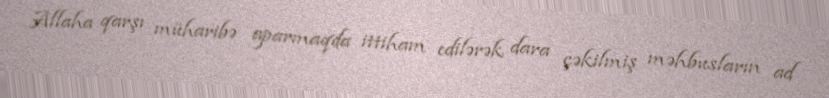
Allaha qarşı müharibə aparmaqda ittiham edilərək dara çəkilmiş məhbusların ad